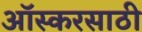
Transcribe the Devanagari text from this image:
ऑस्करसाठी